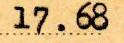
17.68